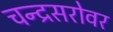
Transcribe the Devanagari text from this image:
चन्द्रसरोवर